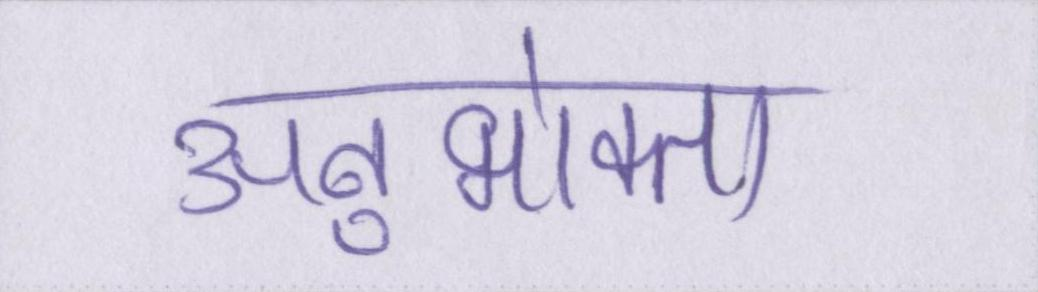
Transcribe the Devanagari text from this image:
अनुभोक्ता